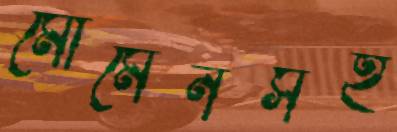
মোমেনসহ